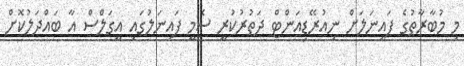
މި މުބާރާތުގެ ފައިނަލަށް ނިއުރޭޑިއަންޓް ދަތުރުކުރީ ސެމީ ފައިނަލުގައި އީގަލްސް އާ ބައްދަލުކޮށް